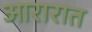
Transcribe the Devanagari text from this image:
आरारात